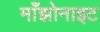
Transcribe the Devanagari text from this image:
माँझोनाइट